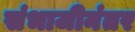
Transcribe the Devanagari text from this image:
संभाजीनंतर